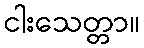
ငါးသေတ္တာ။